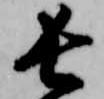
長